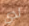
لدي